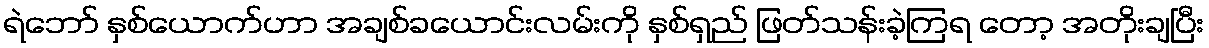
ရဲဘော် နှစ်ယောက်ဟာ အချစ်ခယောင်းလမ်းကို နှစ်ရှည် ဖြတ်သန်းခဲ့ကြရ တော့ အတိုးချပြီး